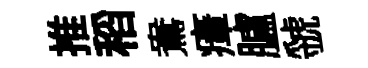
推稻鴦瘴臚虢